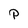
Character: P